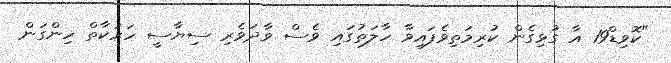
"ކޮވިޑް19 އާ ގުޅިގެން ކުރިމަތިވެފައިވާ ހާލަތުގައި ވެސް ވާދަވެރި ސިޔާސީ ހަރަކާތް ހިންގަން